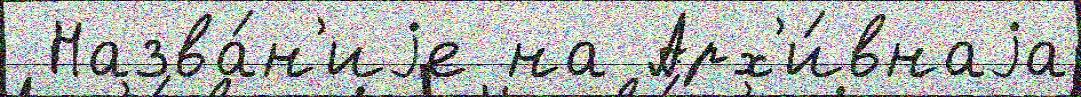
 Назва́н'иjе на Арх'и́внаjа